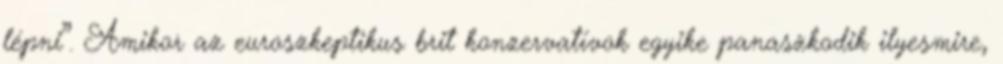
lépni”. Amikor az euroszkeptikus brit konzervatívok egyike panaszkodik ilyesmire,